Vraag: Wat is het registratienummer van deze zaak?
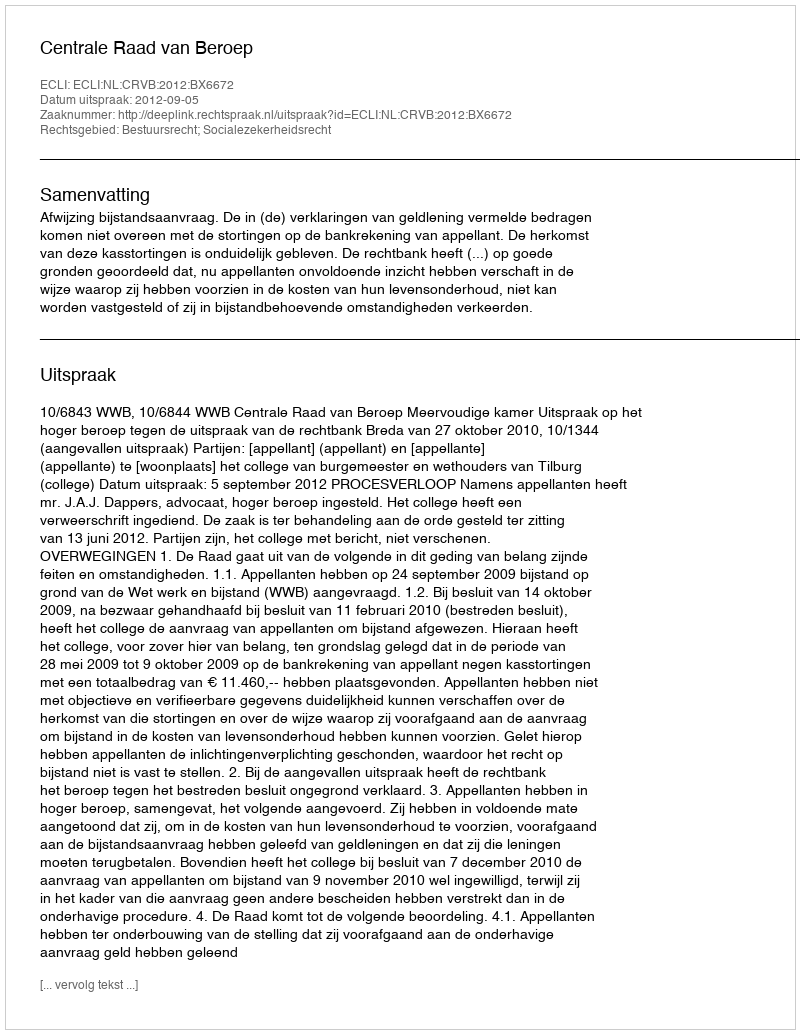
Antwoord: http://deeplink.rechtspraak.nl/uitspraak?id=ECLI:NL:CRVB:2012:BX6672